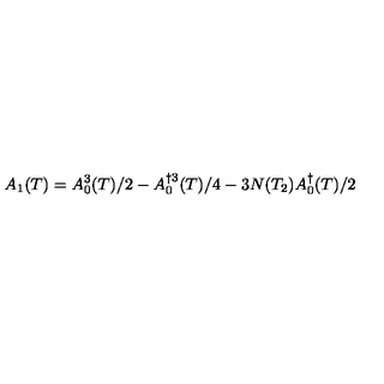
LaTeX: A _ { 1 } ( T ) = A _ { 0 } ^ { 3 } ( T ) / 2 - A _ { 0 } ^ { \dag 3 } ( T ) / 4 - 3 N ( T _ { 2 } ) A _ { 0 } ^ { \dag } ( T ) / 2